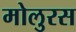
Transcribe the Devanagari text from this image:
मोलुरस